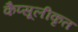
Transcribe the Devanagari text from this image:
कैप्सूलीकृत